Lunatic asylums in Bengal annual reports 1888-1898 - 1888-1898
Year: 1888
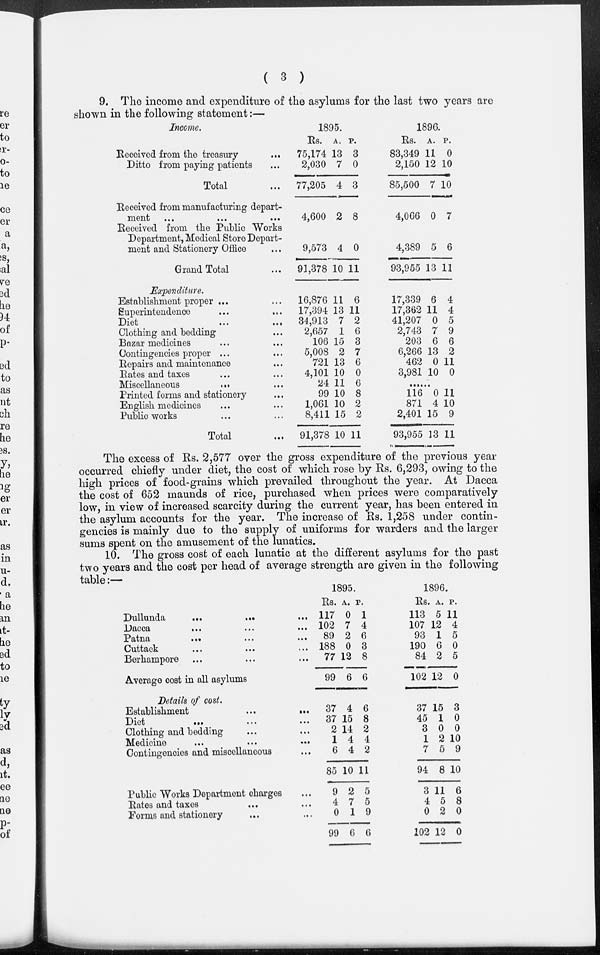
( 3 )
9. The income and expenditure of the asylums for the last two years are
shown in the following statement:—
Income.
Received from the treasury
...
Ditto from paying patients ...
Total ...
Received from manufacturing depart-
ment
...
...
...
Received from the Public Works
Department, Medical Store Depart-
ment and Stationery Office ...
Grand Total ...
Expenditure.
Establishment proper ... ...
Superintendence ... ...
Diet
...
...
Clothing and bedding ...
Bazar medicines ... ...
Contingencies proper ... ...
Repairs and maintenance ...
Bates and taxes ... ...
Miscellaneous
...
...
Printed forms and stationery ...
English medicines ... ...
Public works ... ...
Total ...
1895.
Rs.
75,174
2,030
77,205
4,600
9,573
91,378
16,876
17,394
34,913
2,657
106
5,008
721
4,101
24
99
1,061
8,411
91,378
A.
13
7
4
2
4
10
11
13
7
1
15
2
13
10
11
10
10
15
10
P.
3
0
3
8
0
11
6
11
2
6
3
7
6
0
6
8
2
2
11
1896.
Rs.
83,349
2,150
85,500
4,066
4,389
93,955
17,339
17,362
41,207
2,743
203
6,266
462
3,981
A.
11
12
7
0
5
13
6
11
0
7
6
13
0
10
P.
0
10
10
7
6
11
4
4
5
9
6
2
11
0
......
116
871
2,401
93,955
0
4
15
13
11
10
9
11
The excess of Rs. 2,577 over the gross expenditure of the previous year
occurred chiefly under diet, the cost of which rose by Rs. 6,293, owing to the
high prices of food-grains which prevailed throughout the year. At Dacca
the cost of 652 maunds of rice, purchased when prices were comparatively
low, in view of increased scarcity during the current year, has been entered in
the asylum accounts for the year. The increase of Rs. 1,258 under contin-
gencies is mainly due to the supply of uniforms for warders and the larger
sums spent on the amusement of the lunatics.
10. The gross cost of each lunatic at the different asylums for the past
two years and the cost per head of average strength are given in the following
table:—
Dullunda
...
...
...
Dacca
...
...
...
Patna
...
...
...
Cuttack ... ... ...
Berhampore ... ... ...
Average cost in all asylums
Details of cost.
Establishment
...
...
Diet
...
...
Clothing and bedding ... ...
Medicine
...
...
...
Contingencies and miscellaneous ...
Public Works Department charges ...
Bates and taxes
...
...
Forms and stationery ... ...
1895.
Rs.
117
102
89
188
77
99
37
37
2
1
6
85
9
4
0
99
A.
0
7
2
0
12
6
4
15
14
4
4
10
2
7
1
6
P.
1
4
6
3
8
6
6
8
2
4
2
11
5
5
9
6
1896.
Rs.
113
107
93
190
84
102
37
45
3
1
7
94
3
4
0
102
A.
5
12
1
6
2
12
15
1
0
2
5
8
11
5
2
12
P.
11
4
5
0
5
0
3
0
0
10
9
10
6
8
0
0